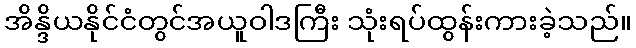
အိန္ဒိယနိုင်ငံတွင်အယူဝါဒကြီး သုံးရပ်ထွန်းကားခဲ့သည်။